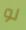
لو